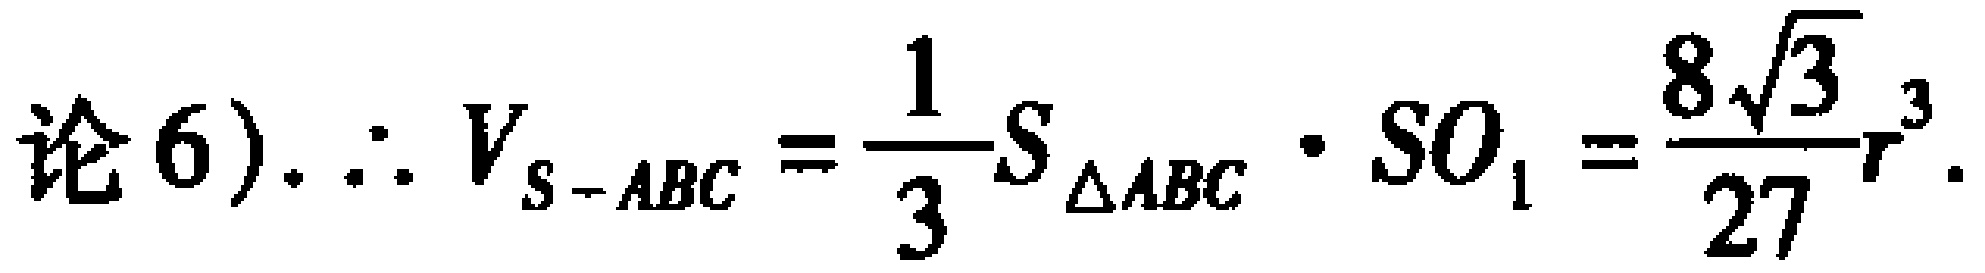
论6). $\therefore V_{S - ABC}=\frac{1}{3}S_{\triangle ABC}\cdot SO_{1}=\frac{8\sqrt{3}}{27}r^{3}$.